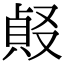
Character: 𠭹